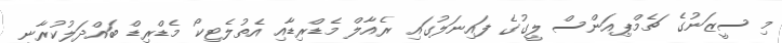
މި ސީޒަނުގެ ޗެމްޕިއަންސް ލީގުގެ ފައިނަލުގައި ރެއާލް މެޑްރިޑާއި އެތުލެޓިކޯ މެޑްރިޑް ބައްދަލުކުރާނީ